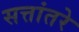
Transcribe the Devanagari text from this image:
सत्तांतरे